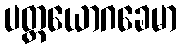
ပတ္တယောဂခေမာ